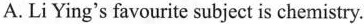
A.LiYing's favourite subject is chemistry.